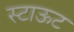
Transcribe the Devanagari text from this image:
स्टाऊट